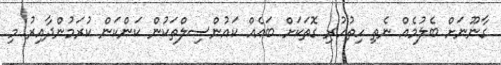
ގާނޫނަށް ބެލުމެއް ނެތި ހިތުހުރި ގޮތަކަށް ބައެއް ކައުންސިލްތަކުން ކަންކަން ކުރަމުންދާއިރު މި